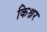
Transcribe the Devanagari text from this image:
किश्नर